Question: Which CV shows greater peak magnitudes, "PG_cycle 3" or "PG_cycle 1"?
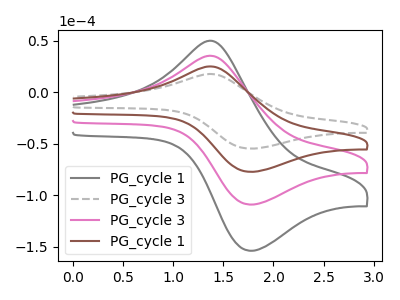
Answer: <think>The gray curve "PG_cycle 1" has an anodic peak at (1.40V, 74.50uA) and a cathodic peak at (1.75V, -231.70uA). The gray dashed curve "PG_cycle 3" has an anodic peak at (1.40V, 17.60uA) and a cathodic peak at (1.75V, -54.70uA). The pink curve "PG_cycle 3" has an anodic peak at (1.40V, 49.70uA) and a cathodic peak at (1.75V, -154.45uA). The brown curve "PG_cycle 1" has an anodic peak at (1.40V, 24.85uA) and a cathodic peak at (1.75V, -77.25uA).</think>
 <answer>Every peak in "PG_cycle 3" is lower than every peak in "PG_cycle 1".</answer>
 <eval>lower</eval>